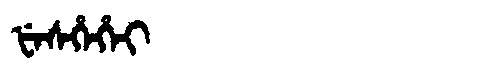
Manchu: ᡶᡝᠰᡥᡝᡥᡝᡳ
Romanization: FESHEHEI